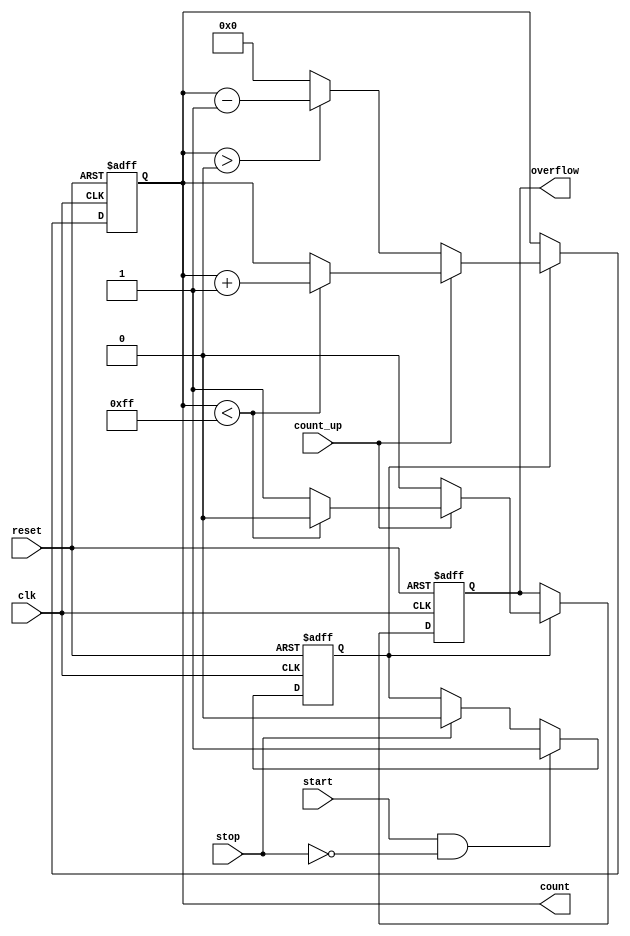
module MemoryBlocksWindowedCounter #(
    parameter COUNTER_WIDTH = 8, // Bit width of the counter
    parameter MAX_COUNT = (1 << COUNTER_WIDTH) - 1 // Maximum count value
)(
    input wire clk,               // Clock signal
    input wire start,             // Start counting signal
    input wire stop,              // Stop counting signal
    input wire reset,             // Reset signal
    input wire count_up,          // Count up or down control signal
    output reg [COUNTER_WIDTH-1:0] count, // Current count value
    output reg overflow           // Overflow flag
);

    // Internal signal to determine counting state
    reg counting;

    // Reset and count logic
    always @(posedge clk or posedge reset) begin
        if (reset) begin
            count <= 0;             // Reset count to zero
            overflow <= 0;          // Clear overflow flag
            counting <= 0;          // Stop counting
        end else begin
            // Handle counting state
            if (start && !stop) begin
                counting <= 1;       // Start counting
            end else if (stop) begin
                counting <= 0;       // Stop counting
            end
            
            // Counting logic
            if (counting) begin
                if (count_up) begin
                    if (count < MAX_COUNT) begin
                        count <= count + 1; // Increment count
                        overflow <= 0;       // Clear overflow flag
                    end else begin
                        overflow <= 1;       // Set overflow flag
                    end
                end else begin
                    if (count > 0) begin
                        count <= count - 1; // Decrement count
                        overflow <= 0;       // Clear overflow flag
                    end else begin
                        count <= 0;          // Prevent underflow
                        overflow <= 0;       // Clear overflow flag
                    end
                end
            end
        end
    end

endmodule